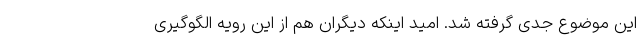
این موضوع جدی گرفته شد. امید اینکه دیگران هم از این رویه الگوگیری